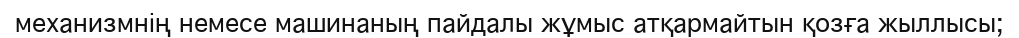
механизмнің немесе машинаның пайдалы жұмыс атқармайтын қозға жыллысы;